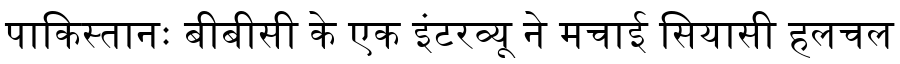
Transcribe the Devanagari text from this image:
पाकिस्तानः बीबीसी के एक इंटरव्यू ने मचाई सियासी हलचल